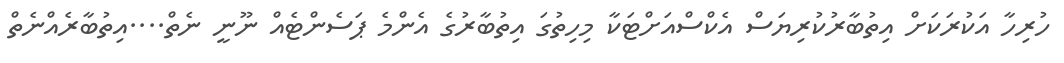
ހުރިހާ އަކުރަކަށް އިތުބާރުކުރިޔަސް އެކްސްއަށްޓަކާ މިހިތުގަ އިތުބާރުގެ އެންމެ ޕަސެންޓެއް ނޫނީ ނެތް....އިތުބާރެއްނެތް